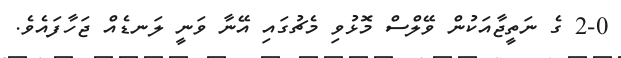
2-0 ގެ ނަތީޖާއަކުން ވޭލްސް މޮޅުވި މެޗުގައި އޭނާ ވަނީ ލަނޑެއް ޖަހާފައެވެ.